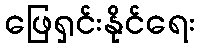
ဖြေရှင်းနိုင်ရေး